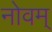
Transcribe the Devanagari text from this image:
नोवम्